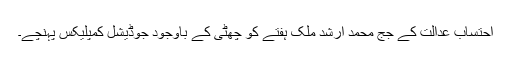
احتساب عدالت کے جج محمد ارشد ملک ہفتے کو چھٹی کے باوجود جوڈیشل کمپلیکس پہنچے۔